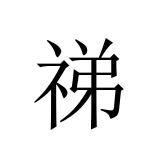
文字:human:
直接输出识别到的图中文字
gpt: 祶